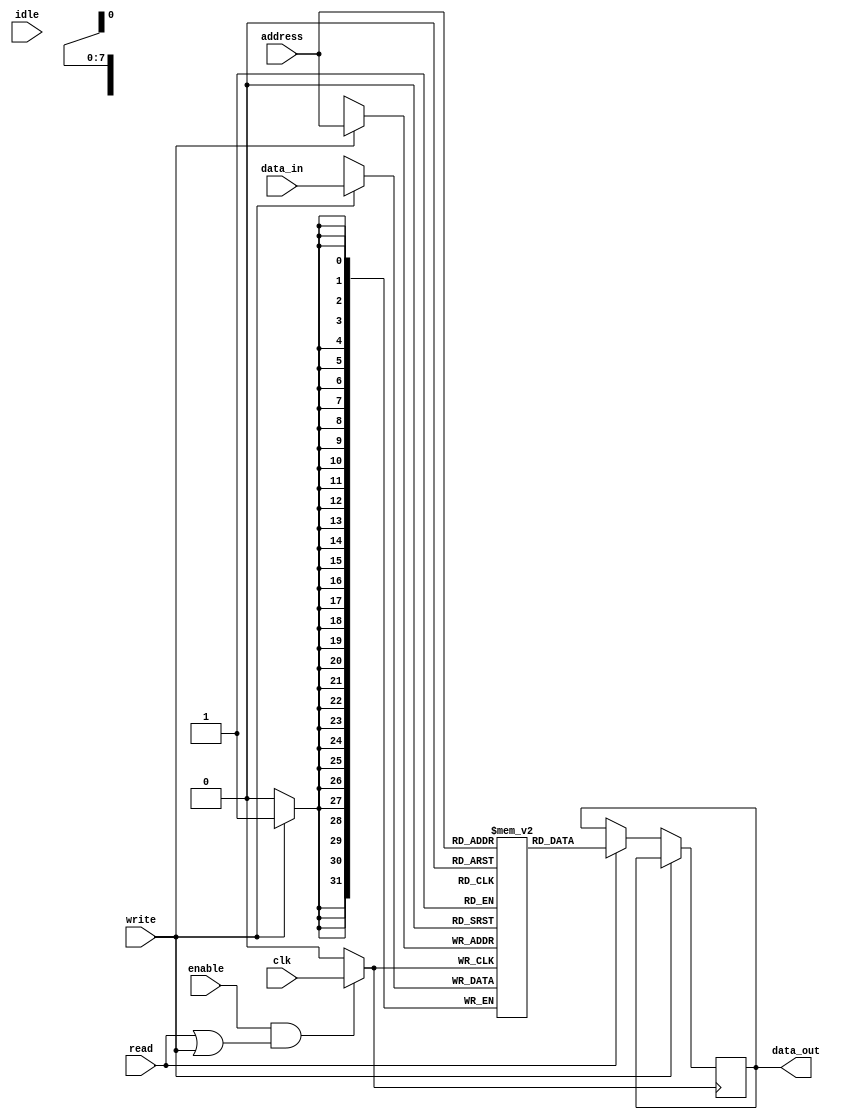
module static_clock_gating_memory (
    input wire clk,          // Primary clock signal
    input wire enable,       // Control signal to enable memory block
    input wire read,         // Control signal for read operation
    input wire write,        // Control signal for write operation
    input wire idle,         // Control signal indicating idle state
    input wire [7:0] address,// Address input for memory access
    input wire [31:0] data_in,// Data input for write operation
    output reg [31:0] data_out // Data output for read operation
);

    // Memory array
    reg [31:0] memory_array [255:0]; // 256 x 32-bit memory

    // Gated clock signal
    wire gated_clk;

    // Clock gating logic
    assign gated_clk = (enable && (read || write)) ? clk : 1'b0;

    // Memory operation
    always @(posedge gated_clk) begin
        if (write) begin
            memory_array[address] <= data_in; // Write data to memory
        end else if (read) begin
            data_out <= memory_array[address]; // Read data from memory
        end
    end

endmodule